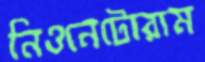
নিওনেটোরাম